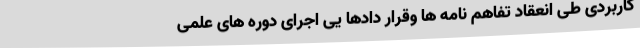
کاربردی طی انعقاد تفاهم نامه ها وقرار دادها یی اجرای دوره های علمی